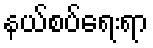
နယ်စပ်ရေးရာ